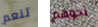
تنعم نحوهم